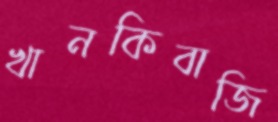
খানকিবাজি